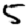
Digit: 5